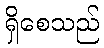
ရှိစေသည်